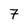
Character: 7